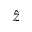
\hat { z }